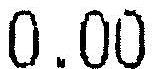
0.00